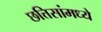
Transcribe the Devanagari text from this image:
छत्तिसांमध्ये